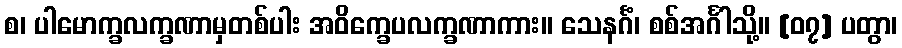
စ၊ ပါမောက္ခလက္ခဏာမှတစ်ပါး အဝိက္ခေပလက္ခဏာကား။ သေနင်္ဂံ၊ စစ်အင်္ဂါသို့။ [၀၇] ပတွာ၊